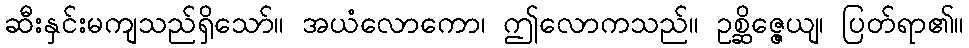
ဆီးနှင်းမကျသည်ရှိသော်။ အယံလောကော၊ ဤလောကသည်။ ဥစ္ဆိဇ္ဇေယျ၊ ပြတ်ရာ၏။